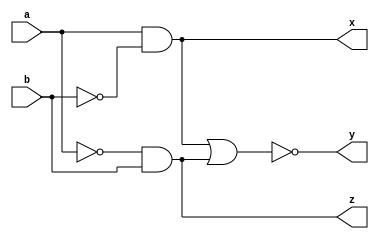
module comparator_1bit(a, b, x, y, z);

input a, b;

output x, y, z;

wire x, y, z;

// x : A>B case
assign x = a & !b;

// y : A=B case
assign y = !((a & !b) | (!a & b));

// z : A<B case
assign z = !a & b;


endmodule